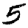
Digit: 5